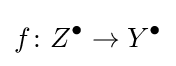
f\colon Z^{\bullet }\to Y^{\bullet }